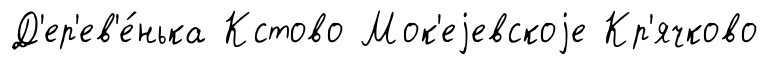
Д'ер'ев'е́нька Кстово Мок'еjевскоjе Кр'ячково